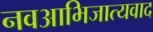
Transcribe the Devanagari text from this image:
नवआभिजात्यवाद